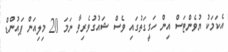
އެކަމަކު ޔުވެންޓަސް އިން ހަގީގަތުގައި ވެސް ޝައުގުވެރިވާ ނަމަ 20 މިލިއަން ޕައުންޑް